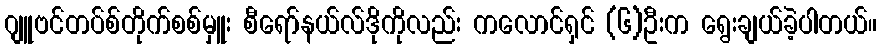
ဂျူဗင်တပ်စ်တိုက်စစ်မှူး စီရော်နယ်လ်ဒိုကိုလည်း ကလောင်ရှင် (၆)ဦးက ရွေးချယ်ခဲ့ပါတယ်။